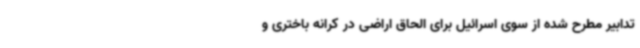
تدابیر مطرح شده از سوی اسرائیل برای الحاق اراضی در کرانه باختری و